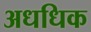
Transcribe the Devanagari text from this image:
अधधिक